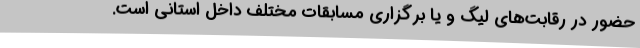
حضور در رقابت‌های لیگ و یا برگزاری مسابقات مختلف داخل استانی است.